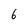
Character: 6